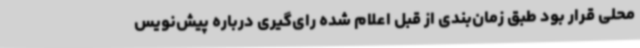
محلی قرار بود طبق زمان‌بندی از قبل اعلام شده رای‌گیری درباره پیش‌نویس